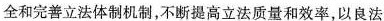
全和完善立法体制机制，不断提高立法质量和效率，以良法